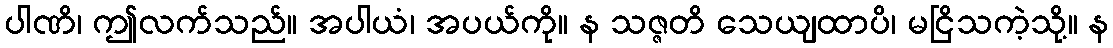
ပါဏိ၊ ဤလက်သည်။ အပါယံ၊ အပယ်ကို။ န သဇ္ဇတိ သေယျထာပိ၊ မငြိသကဲ့သို့။ န